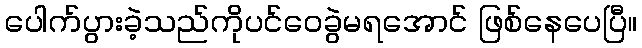
ပေါက်ပွားခဲ့သည်ကိုပင်ဝေခွဲမရအောင် ဖြစ်နေပေပြီ။